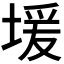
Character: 𫮊